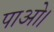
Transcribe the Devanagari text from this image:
पाओ।